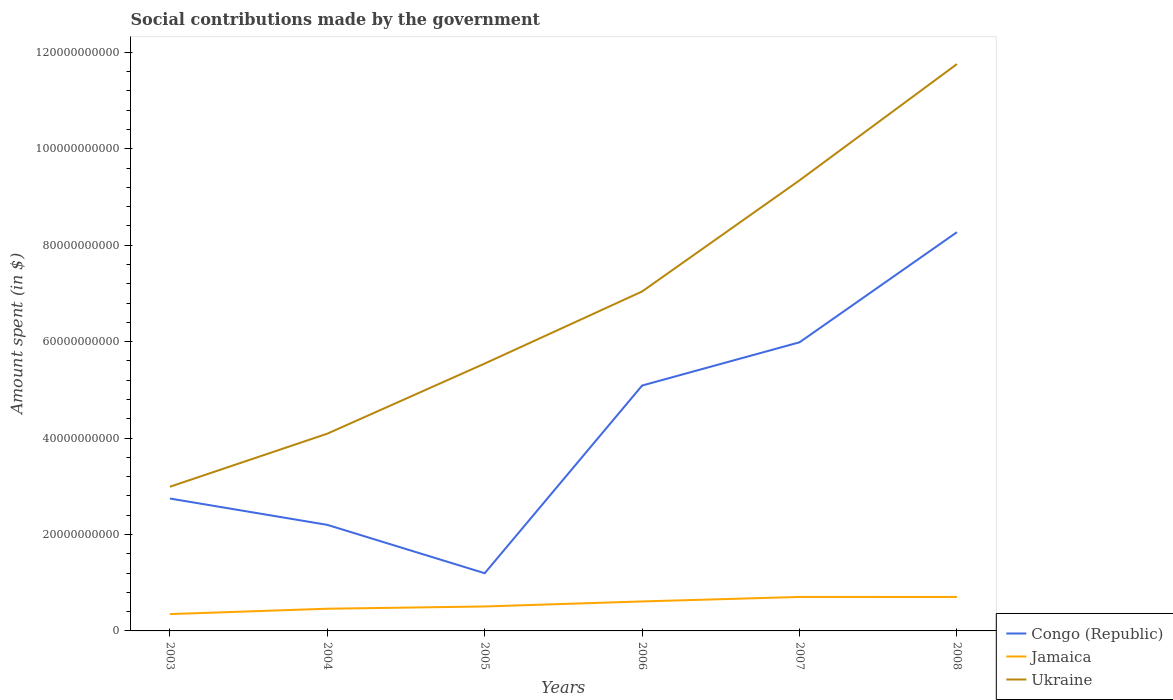
| Years | Congo (Republic) | Jamaica | Ukraine |
 | --- | --- | --- | --- |
 | 2003 | 2.75e+10 | 3.49e+09 | 2.99e+10 |
 | 2004 | 2.2e+10 | 4.6e+09 | 4.09e+10 |
 | 2005 | 1.2e+10 | 5.07e+09 | 5.55e+10 |
 | 2006 | 5.09e+10 | 6.12e+09 | 7.04e+10 |
 | 2007 | 5.99e+10 | 7.05e+09 | 9.35e+10 |
 | 2008 | 8.27e+10 | 7.04e+09 | 1.18e+11 |